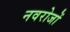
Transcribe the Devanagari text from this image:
नवरोजों